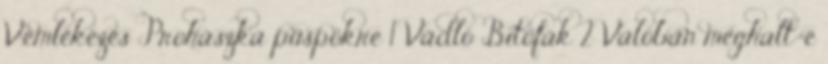
V.emlékezés Prohászka püspökre 1 Vádló Bitófák 2 Valóban meghalt-e